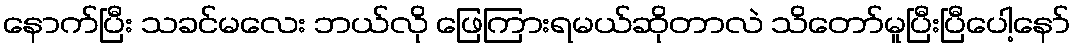
နောက်ပြီး သခင်မလေး ဘယ်လို ဖြေကြားရမယ်ဆိုတာလဲ သိတော်မူပြီးပြီပေါ့နော်